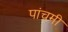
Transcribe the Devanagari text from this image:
पांचमी